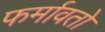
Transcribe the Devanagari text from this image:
फर्मावतो